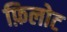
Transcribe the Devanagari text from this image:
फ़िलोट